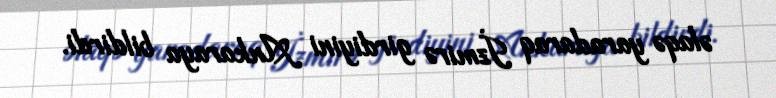
əlaqə yaradaraq İzmirə girdiyini Ankaraya bildirdi.